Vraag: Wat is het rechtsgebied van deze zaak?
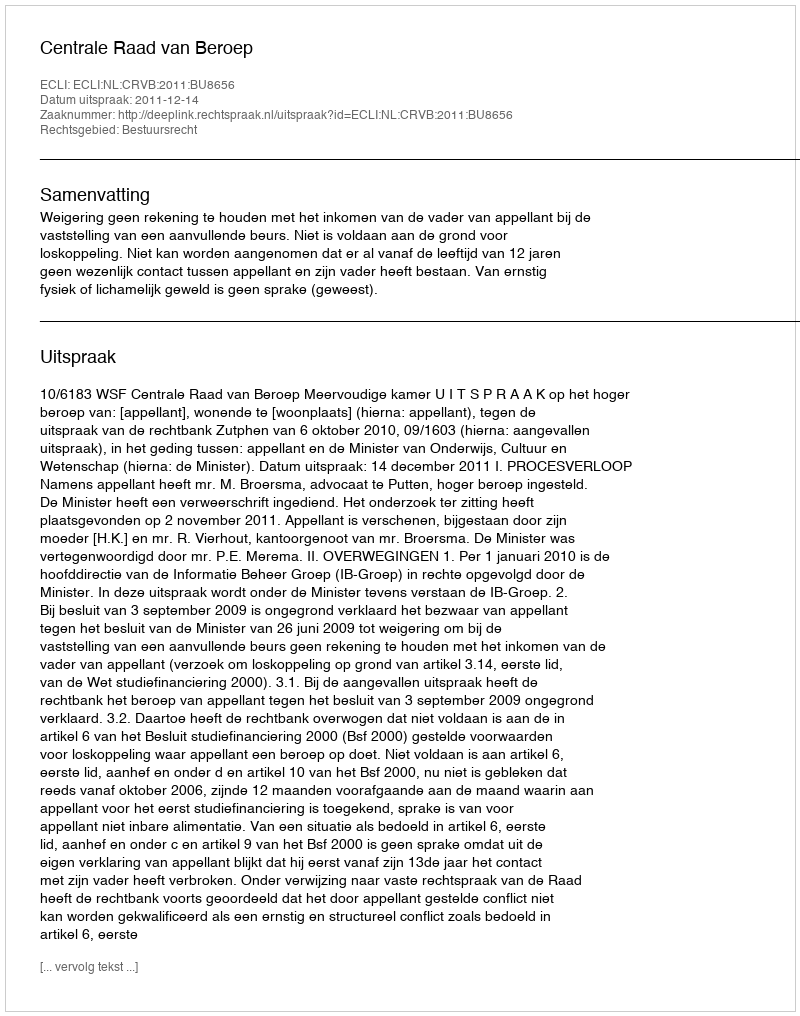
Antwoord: Bestuursrecht